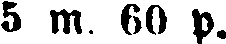
5 m. 60 p.